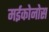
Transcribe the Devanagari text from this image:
मईकोनोस